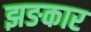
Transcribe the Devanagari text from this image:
झङकार